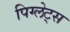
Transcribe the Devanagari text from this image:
पिग्लेट्स